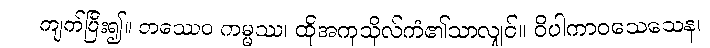
ကျက်ပြီး၍။ တဿေဝ ကမ္မဿ၊ ထိုအကုသိုလ်ကံ၏သာလျှင်။ ဝိပါကာဝသေသေန၊